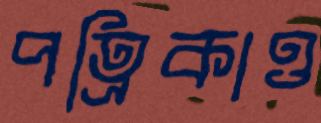
পত্রিকাও